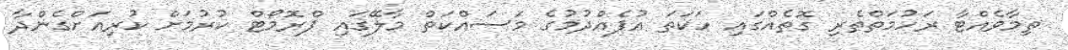
ތިމާވެއްޓާ ރަހުމަތްތެރި ގޮތެއްގައި ހަކަތަ އުފެއްދުމުގެ މަސައްކަތް މާލޭގައި ޕްރޮމޯޓް ކުރުމަށް ކުރިއަށްގެންދާ